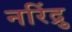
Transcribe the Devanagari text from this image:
नरिंद्रु